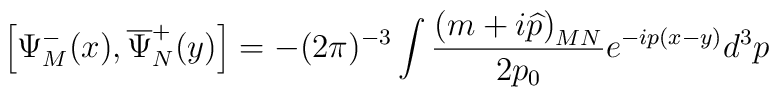
\left[ \Psi _M^{-}(x),\overline{\Psi }_N^{+}(y)\right] =-(2\pi )^{-3}\int\frac{\left( m+i\widehat{p}\right) _{MN}}{2p_0}e^{-ip(x-y)}d^3p